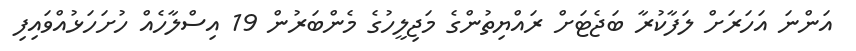
އަންނަ އަހަރަށް ލަފާކުރާ ބަޖެޓަށް ރައްޔިތުންގެ މަޖިލީހުގެ މެންބަރުން 19 އިސްލާހެއް ހުށަހަޅުއްވައިފި